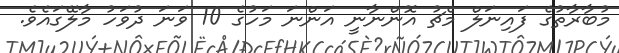
މުބާރާތުގެ ފައިނަލް މެޗު އޮންނާނީ އަންނަ މަހުގެ 10 ވަނަ ދުވަހު މާލޭގައެވެ.